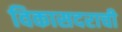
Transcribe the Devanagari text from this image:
विकासदराची